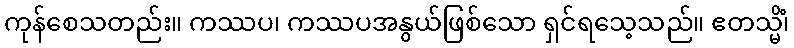
ကုန်စေသတည်း။ ကဿပ၊ ကဿပအနွယ်ဖြစ်သော ရှင်ရသေ့သည်။ ဧတသ္မိံ၊